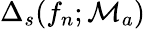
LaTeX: \Delta_{s}(f_{n};\mathcal{M}_{a})